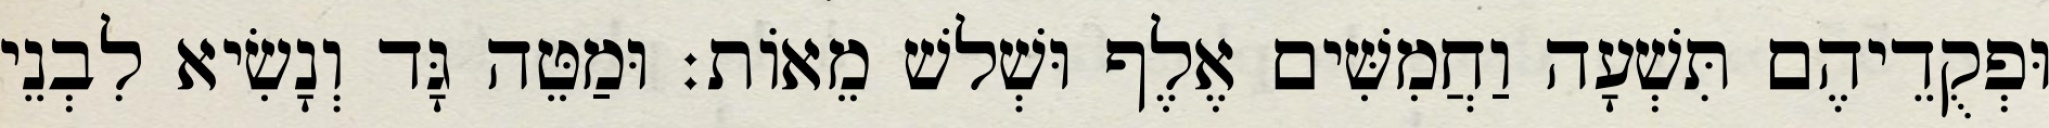
וּפְקֻדֵיהֶם תִּשְׁעָה וַחֲמִשִּׁים אֶלֶף וּשְׁלשׁ מֵאוֹת׃ וּמַטֵּה גָּד וְנָשִׂיא לִבְנֵי